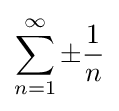
\sum _{n=1}^{\infty }\pm {\frac {1}{n}}